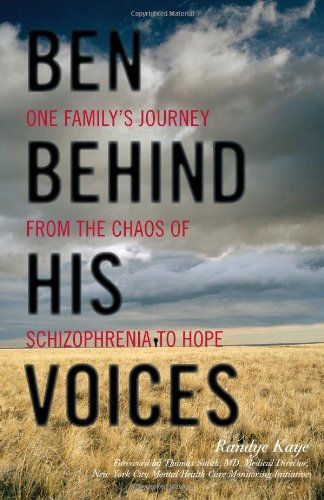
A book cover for Ben Behind His Voices: One Family's Journey from the Chaos of Schizophrenia to Hope; Randye Kaye; Health, Fitness & Dieting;